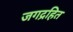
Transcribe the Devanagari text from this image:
जगद्रहित